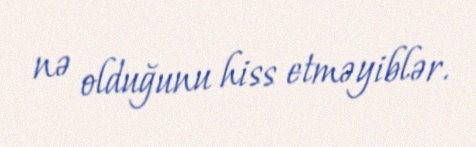
nə olduğunu hiss etməyiblər.